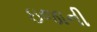
ઇજાની